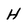
Character: H